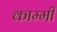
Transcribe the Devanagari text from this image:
काम्मी